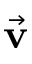
\vec { \bf v }